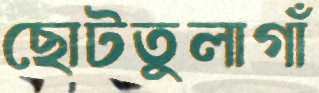
ছোটতুলাগাঁ